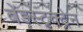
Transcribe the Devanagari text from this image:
बेंडस्ट्रक्ट्रेन